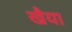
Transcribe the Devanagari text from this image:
खैया